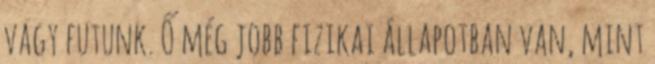
vagy futunk. Ő még jobb fizikai állapotban van, mint